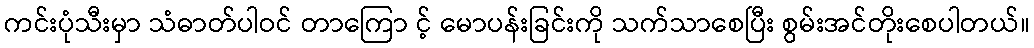
ကင်းပုံသီးမှာ သံဓာတ်ပါဝင် တာကြော င့် မောပန်းခြင်းကို သက်သာစေပြီး စွမ်းအင်တိုးစေပါတယ်။